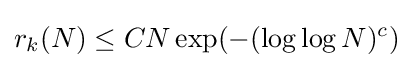
r_{k}(N)\leq CN\exp(-(\log \log N)^{c})